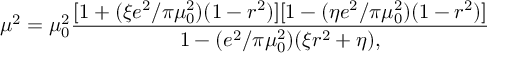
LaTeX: \mu ^ { 2 } = \mu _ { 0 } ^ { 2 } { \frac { [ 1 + ( \xi e ^ { 2 } / \pi \mu _ { 0 } ^ { 2 } ) ( 1 - r ^ { 2 } ) ] [ 1 - ( \eta e ^ { 2 } / \pi \mu _ { 0 } ^ { 2 } ) ( 1 - r ^ { 2 } ) ] } { 1 - ( e ^ { 2 } / \pi \mu _ { 0 } ^ { 2 } ) ( \xi r ^ { 2 } + \eta ) , } }